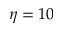
\eta = 1 0